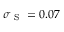
\sigma _ { \mathrm { ~ S ~ } } = 0 . 0 7